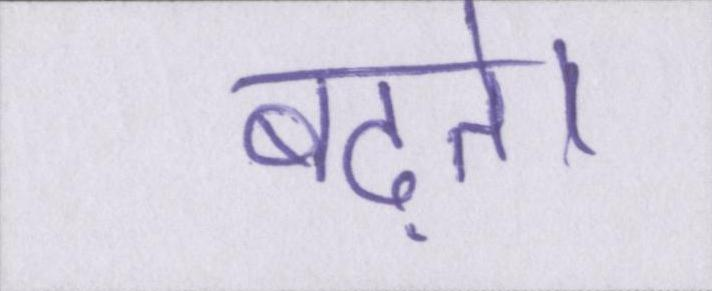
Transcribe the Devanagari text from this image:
बढ़ते।